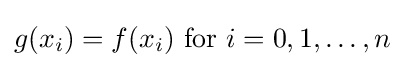
g(x_{i})=f(x_{i}){\text{ for }}i=0,1,\ldots ,n